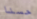
حسنا